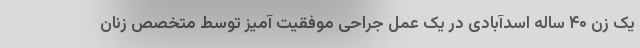
یک زن ۴۰ ساله اسدآبادی در یک عمل جراحی موفقیت آمیز توسط متخصص زنان